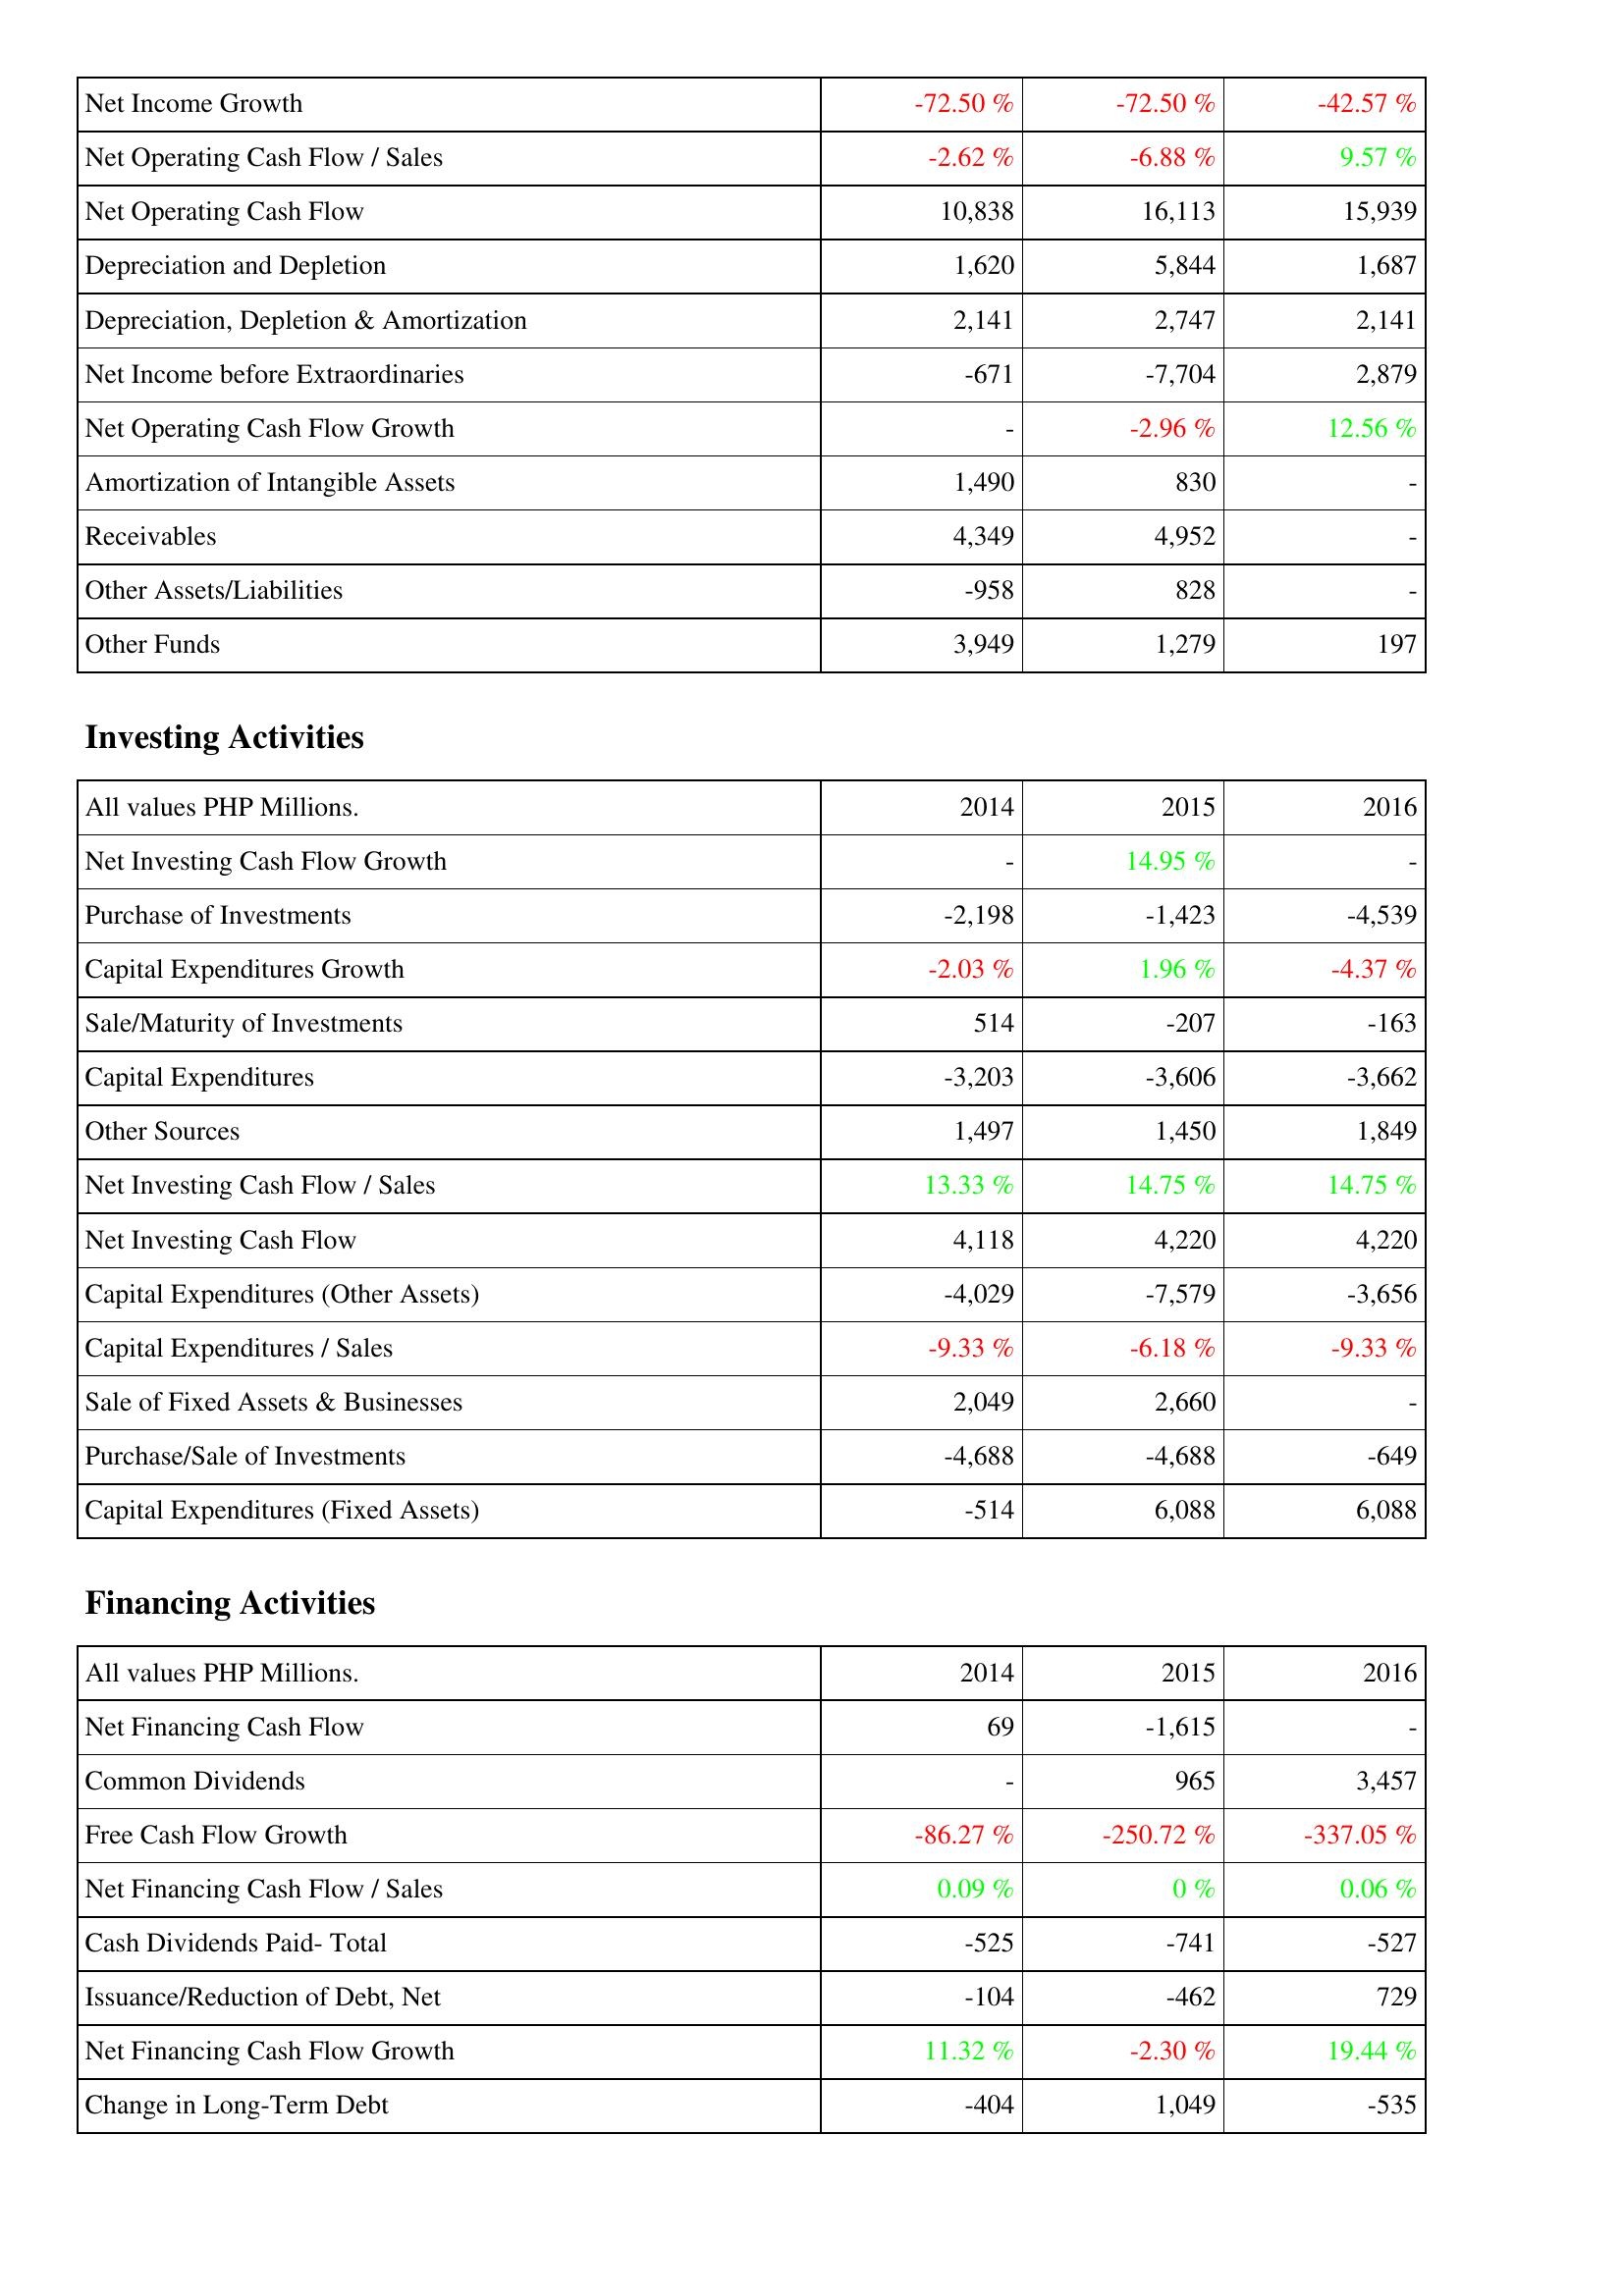
2014: Operating Activities: Net Income Growth: -72.50 %
Net Operating Cash Flow / Sales: -2.62 %
Net Operating Cash Flow: 10,838
Depreciation and Depletion: 1,620
Depreciation, Depletion & Amortization: 2,141
Net Income before Extraordinaries: -671
Net Operating Cash Flow Growth: -
Amortization of Intangible Assets: 1,490
Receivables: 4,349
Other Assets/Liabilities: -958
Other Funds: 3,949
Investing Activities: Net Investing Cash Flow Growth: -
Purchase of Investments: -2,198
Capital Expenditures Growth: -2.03 %
Sale/Maturity of Investments: 514
Capital Expenditures: -3,203
Other Sources: 1,497
Net Investing Cash Flow / Sales: 13.33 %
Net Investing Cash Flow: 4,118
Capital Expenditures (Other Assets): -4,029
Capital Expenditures / Sales: -9.33 %
Sale of Fixed Assets & Businesses: 2,049
Purchase/Sale of Investments: -4,688
Capital Expenditures (Fixed Assets): -514
Financing Activities: Net Financing Cash Flow: 69
Common Dividends: -
Free Cash Flow Growth: -86.27 %
Net Financing Cash Flow / Sales: 0.09 %
Cash Dividends Paid- Total: -525
Issuance/Reduction of Debt, Net: -104
Net Financing Cash Flow Growth: 11.32 %
Change in Long-Term Debt: -404
2015: Operating Activities: Net Income Growth: -72.50 %
Net Operating Cash Flow / Sales: -6.88 %
Net Operating Cash Flow: 16,113
Depreciation and Depletion: 5,844
Depreciation, Depletion & Amortization: 2,747
Net Income before Extraordinaries: -7,704
Net Operating Cash Flow Growth: -2.96 %
Amortization of Intangible Assets: 830
Receivables: 4,952
Other Assets/Liabilities: 828
Other Funds: 1,279
Investing Activities: Net Investing Cash Flow Growth: 14.95 %
Purchase of Investments: -1,423
Capital Expenditures Growth: 1.96 %
Sale/Maturity of Investments: -207
Capital Expenditures: -3,606
Other Sources: 1,450
Net Investing Cash Flow / Sales: 14.75 %
Net Investing Cash Flow: 4,220
Capital Expenditures (Other Assets): -7,579
Capital Expenditures / Sales: -6.18 %
Sale of Fixed Assets & Businesses: 2,660
Purchase/Sale of Investments: -4,688
Capital Expenditures (Fixed Assets): 6,088
Financing Activities: Net Financing Cash Flow: -1,615
Common Dividends: 965
Free Cash Flow Growth: -250.72 %
Net Financing Cash Flow / Sales: 0 %
Cash Dividends Paid- Total: -741
Issuance/Reduction of Debt, Net: -462
Net Financing Cash Flow Growth: -2.30 %
Change in Long-Term Debt: 1,049
2016: Operating Activities: Net Income Growth: -42.57 %
Net Operating Cash Flow / Sales: 9.57 %
Net Operating Cash Flow: 15,939
Depreciation and Depletion: 1,687
Depreciation, Depletion & Amortization: 2,141
Net Income before Extraordinaries: 2,879
Net Operating Cash Flow Growth: 12.56 %
Amortization of Intangible Assets: -
Receivables: -
Other Assets/Liabilities: -
Other Funds: 197
Investing Activities: Net Investing Cash Flow Growth: -
Purchase of Investments: -4,539
Capital Expenditures Growth: -4.37 %
Sale/Maturity of Investments: -163
Capital Expenditures: -3,662
Other Sources: 1,849
Net Investing Cash Flow / Sales: 14.75 %
Net Investing Cash Flow: 4,220
Capital Expenditures (Other Assets): -3,656
Capital Expenditures / Sales: -9.33 %
Sale of Fixed Assets & Businesses: -
Purchase/Sale of Investments: -649
Capital Expenditures (Fixed Assets): 6,088
Financing Activities: Net Financing Cash Flow: -
Common Dividends: 3,457
Free Cash Flow Growth: -337.05 %
Net Financing Cash Flow / Sales: 0.06 %
Cash Dividends Paid- Total: -527
Issuance/Reduction of Debt, Net: 729
Net Financing Cash Flow Growth: 19.44 %
Change in Long-Term Debt: -535